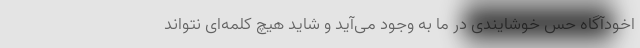
اخودآگاه حس خوشایندی در ما به وجود می‌آید و شاید هیچ کلمه‌ای نتواند